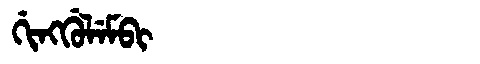
Manchu: ᡤᡳᠩᡤᡠᠯᡝᠮᠪᡳ
Romanization: GINGGULEMBI